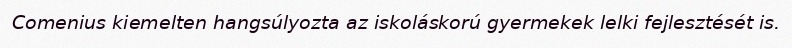
Comenius kiemelten hangsúlyozta az iskoláskorú gyermekek lelki fejlesztését is.